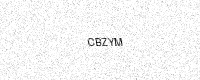
Text: CBZYM